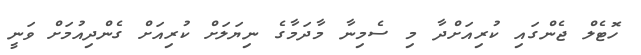
ހޮޓެލް ޖެންގައި ކުރިއަށްދާ މި ސެމިނާ މާދަމާގެ ނިޔަލަށް ކުރިއަށް ގެންދިއުމަށް ވަނީ